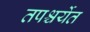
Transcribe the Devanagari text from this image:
तपश्चर्येत